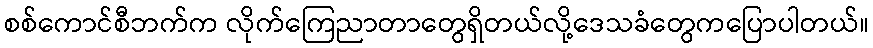
စစ်ကောင်စီဘက်က လိုက်ကြေညာတာတွေရှိတယ်လို့ဒေသခံတွေကပြောပါတယ်။